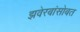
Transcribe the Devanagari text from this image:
झवेरबांसोबत